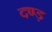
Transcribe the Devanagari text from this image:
दण्ड़